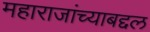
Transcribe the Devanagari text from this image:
महाराजांच्याबद्दल